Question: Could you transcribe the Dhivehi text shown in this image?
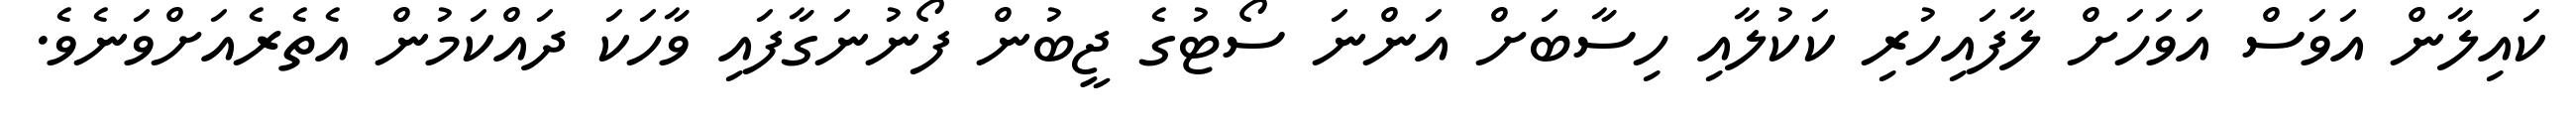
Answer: ކައިލާން އަވަސް އަވަހަށް ލާފައިހުރި ކަކުލާއި ހިސާބަށް އަންނަ ސޯޓުގެ ޖީބުން ފޯނުނަގާފައި ވާހަކަ ދައްކަމުން އެތެރެއަށްވަނެވެ.